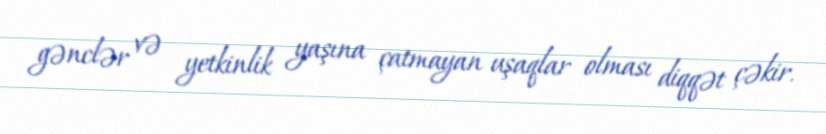
gənclər və yetkinlik yaşına çatmayan uşaqlar olması diqqət çəkir.